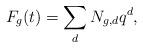
LaTeX: \begin{align*}F_g(t)=\sum_d N_{g,d}q^d,\end{align*}